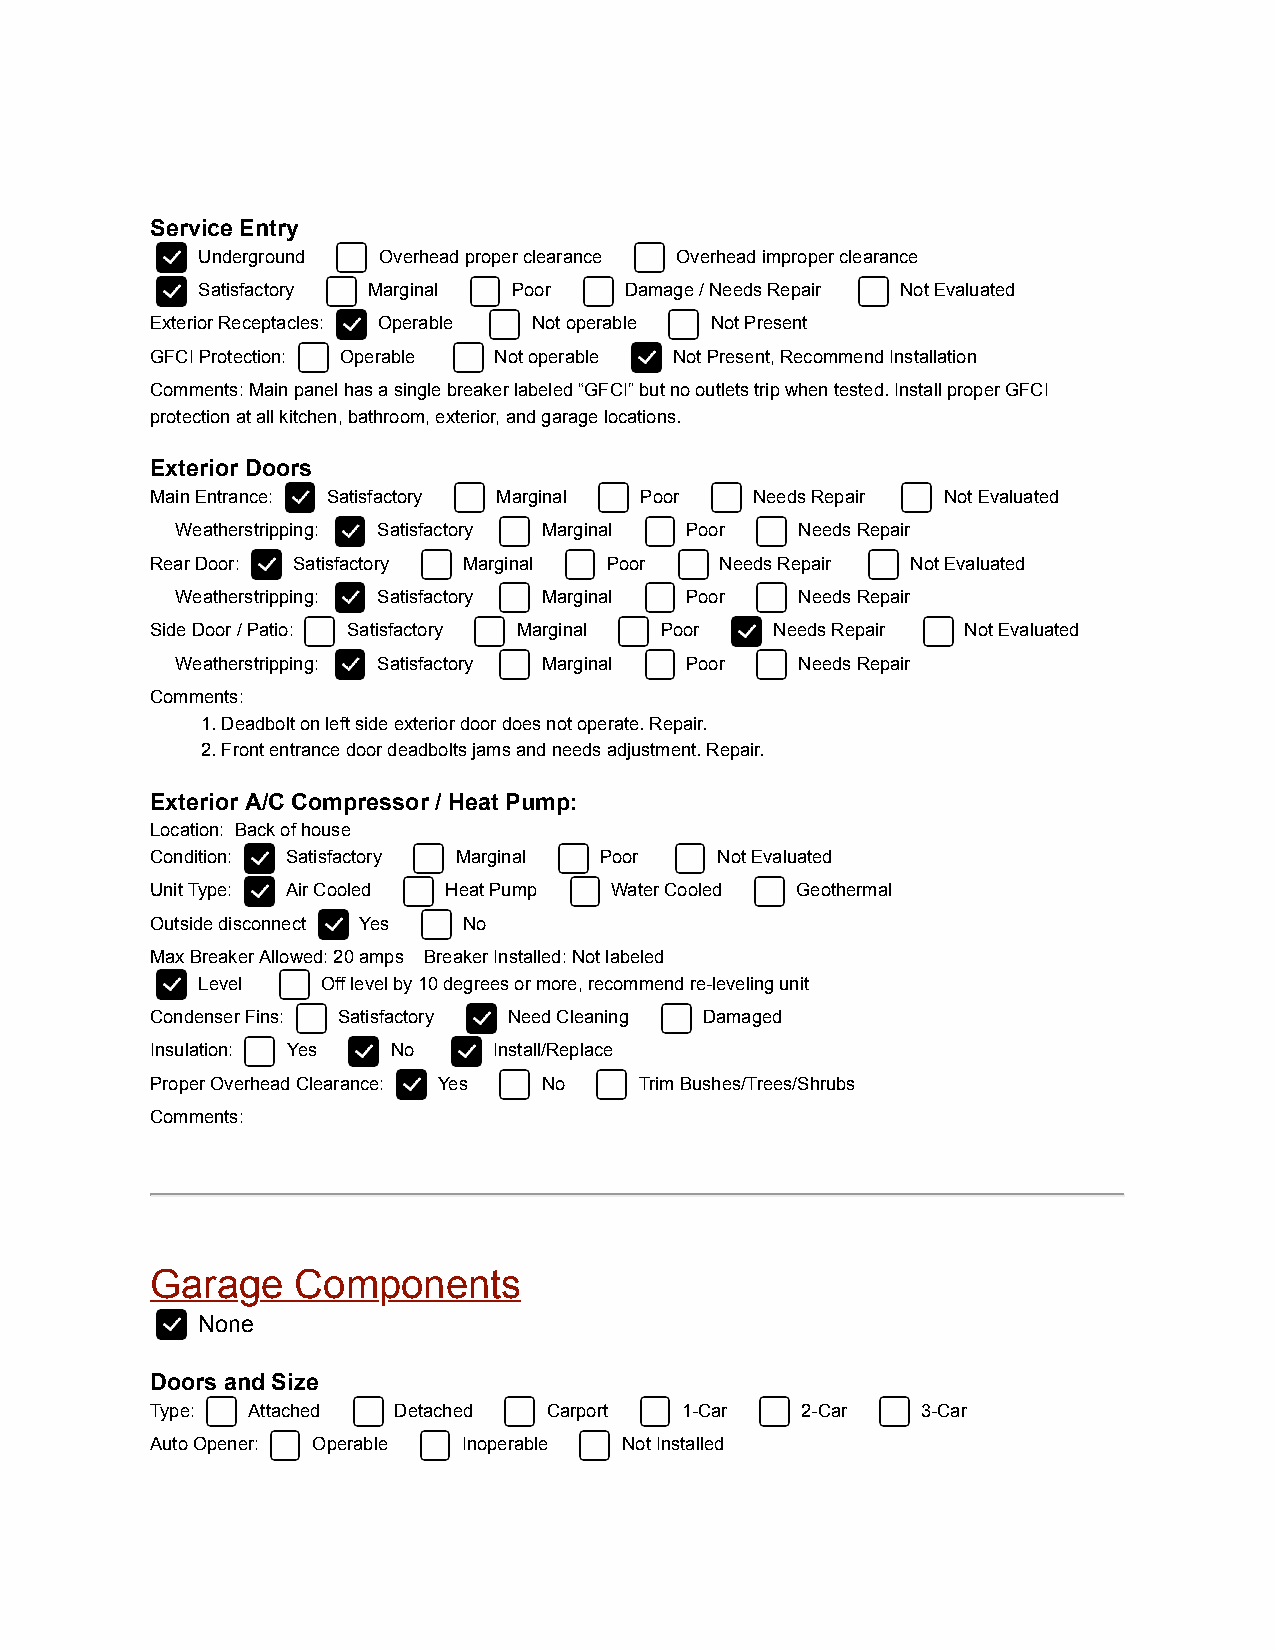
Service Entry
 Underground Overhead proper clearance Overhead improper clearance
 Satisfactory Marginal Poor  Damage / Needs Repair Not Evaluated
 Exterior Receptacles: Operable Not operable Not Present
 GFCI Protection: Operable Not operable Not Present, Recommend Installation
 Comments: Main panel has a single breaker labeled “GFCI” but no outlets trip when tested. Install proper GFCI
 protection at all kitchen, bathroom, exterior, and garage locations.
 Exterior Doors
 Main Entrance: Satisfactory Marginal Poor Needs Repair Not Evaluated
 Weatherstripping: Satisfactory Marginal Poor Needs Repair
 Rear Door: Satisfactory Marginal Poor Needs Repair Not Evaluated
 Weatherstripping: Satisfactory Marginal Poor Needs Repair
 Side Door / Patio: Satisfactory Marginal Poor Needs Repair Not Evaluated
 Weatherstripping: Satisfactory Marginal Poor Needs Repair
 Comments:
 1. Deadbolt on left side exterior door does not operate. Repair.
 2. Front entrance door deadbolts jams and needs adjustment. Repair.
 Exterior A/C Compressor / Heat Pump:
 Location: Back of house
 Condition: Satisfactory Marginal Poor Not Evaluated
 Unit Type: Air Cooled Heat Pump Water Cooled Geothermal
 Outside disconnect Yes No
 Max Breaker Allowed: 20 amps Breaker Installed: Not labeled
 Level   Off level by 10 degrees or more, recommend re-leveling unit
 Condenser Fins: Satisfactory Need Cleaning Damaged
 Insulation: Yes No     Install/Replace
 Proper Overhead Clearance: Yes No Trim Bushes/Trees/Shrubs
 Comments:
 Garage    Components
 None
 Doors and Size
 Type: Attached  Detached  Carport  1-Car   2-Car   3-Car
 Auto Opener: Operable Inoperable Not Installed